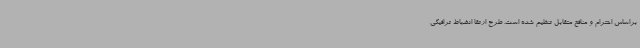
براساس احترام و منافع متقابل تنظیم شده است. طرح ارتقا انضباط ترافیکی